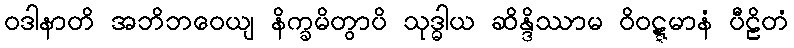
ဝဒါနာတိ အဘိဘဝေယျ နိက္ခမိတွာပိ သုဒ္ဓါယ ဆိန္ဒိဿာမ ဝိဝဋ္ဋမာနံ ပီဠိတံ